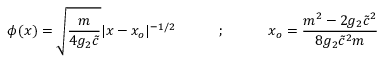
\phi ( x ) = \sqrt { \frac { m } { 4 g _ { 2 } \tilde { c } } } \vert x - x _ { o } \vert ^ { - 1 / 2 } ~ ~ ~ ~ ~ ~ ~ ~ ~ ; ~ ~ ~ ~ ~ ~ ~ ~ ~ x _ { o } = \frac { m ^ { 2 } - 2 g _ { 2 } \tilde { c } ^ { 2 } } { 8 g _ { 2 } \tilde { c } ^ { 2 } m }